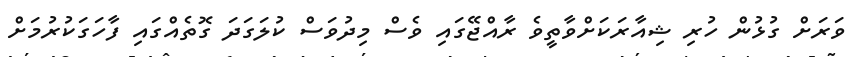
ވަރަށް ގުޅުން ހުރި ޝިއާރަކަށްވާތީވެ ރާއްޖޭގައި ވެސް މިދުވަސް ކުލަގަދަ ގޮތެއްގައި ފާހަގަކުރުމަށް